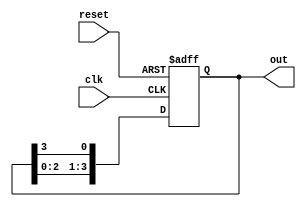
module ring_counter #(
    parameter n = 4  // Number of flip-flops
)(
    input wire clk,        // Clock input
    input wire reset,      // Asynchronous reset input
    output reg [n-1:0] out // Output representing the current state
);

    // Initial state of the ring counter
    initial begin
        out = 1'b1; // Initialize the counter to 100...0
    end

    // Always block triggered on the rising edge of the clock or reset
    always @(posedge clk or posedge reset) begin
        if (reset) begin
            out <= 1'b1; // Reset to initial state 100...0
        end else begin
            // Shift the '1' to the next flip-flop
            out <= {out[n-2:0], out[n-1]}; // Rotate the '1' to the right
        end
    end

endmodule